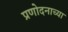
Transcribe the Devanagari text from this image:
प्रणोदनाच्या